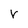
Character: v